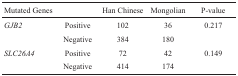
| Mutated Genes |  | Han Chinese | Mongolian | P-value |
 | --- | --- | --- | --- | --- |
 | GJB2 | Positive | 102 | 36 | 0.217 |
 |  | Negative | 384 | 180 |  |
 | SLC26A4 | Positive | 72 | 42 | 0.149 |
 |  | Negative | 414 | 174 |  |